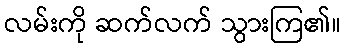
လမ်းကို ဆက်လက် သွားကြ၏။